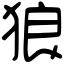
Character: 狼